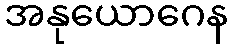
အနုယောဂေန